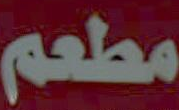
مطعم